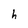
Character: h